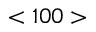
< 1 0 0 >